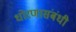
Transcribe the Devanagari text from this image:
धोरणासंबंधी